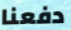
دفعنا